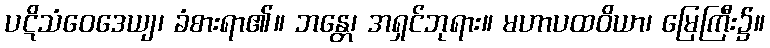
ပဋိသံဝေဒေယျ၊ ခံစားရာ၏။ ဘန္တေ၊ အရှင်ဘုရား။ မဟာပထဝိယာ၊ မြေကြီး၌။